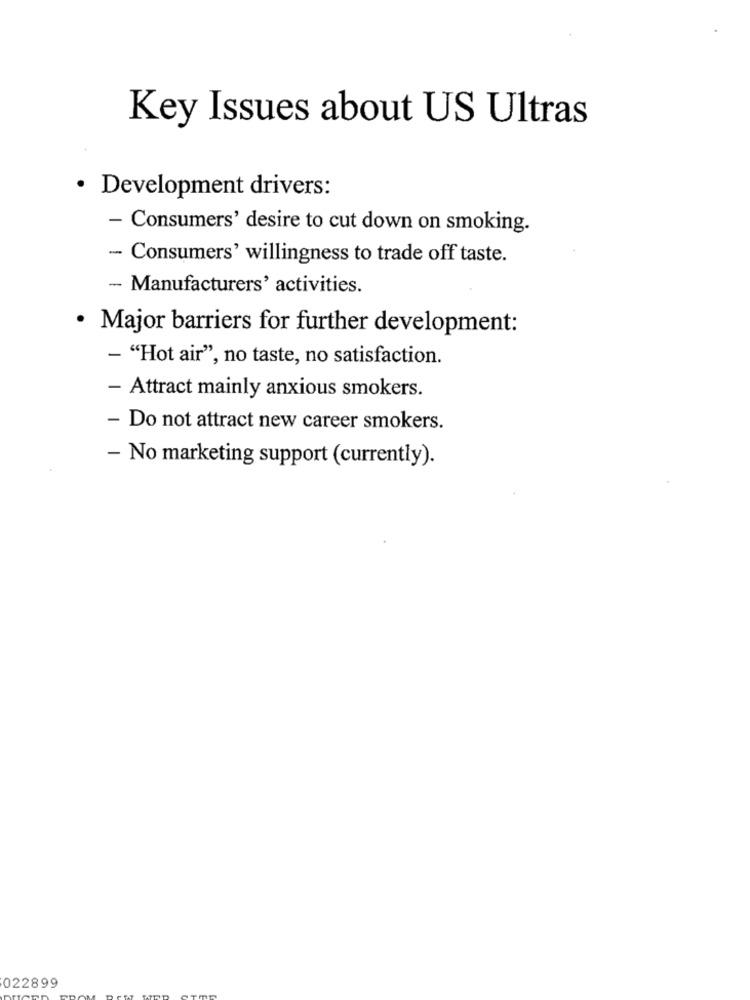
Key Issues about US Ultras
· Development drivers:
- Consumers' desire to cut down on smoking.
- Consumers' willingness to trade off taste.
- Manufacturers' activities.
Major barriers for further development:
- "Hot air", no taste, no satisfaction.
- Attract mainly anxious smokers.
- Do not attract new career smokers.
- No marketing support (currently).
022899